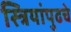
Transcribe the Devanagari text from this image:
स्त्रियांपुढचे